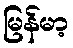
မြန်မာ့